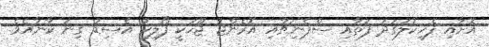
އޮށާއި ފެހިކުލަގަދަ ފަތާއި ސްޕެނިޗާއި އޮރެންޖު ޖޫހަކީ ފޯލިކު އެސިޑު ގިނަ ކާނާއެވެ.